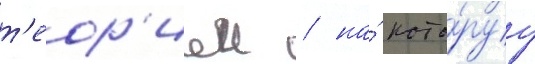
т'еор'иеи / на́ кото́руу